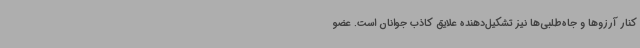
کنار آرزوها و جاه‌طلبی‌ها نیز تشکیل‌دهنده علایق کاذب جوانان است. عضو